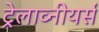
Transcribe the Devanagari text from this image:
ट्रेलाव्नीयर्स